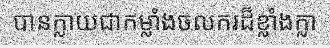
បានក្លាយជាកម្លាំងចលករដ៏ខ្លាំងក្លា